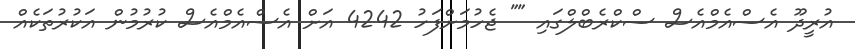
އުރީދޫ އެސްއެމްއެސް ސްކްރެބްލްގައި "" ޖެހުމަށްފަހު 4242 އަށް އެސްއެމްއެސް ކުރުމުން އަކުރުތަކެއް